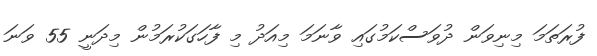
ފުރަތަމަ މިނިވަން ދުވަސްކަމުގައި ވާނަމަ މިއަދު މި ފާހަގަކުރަމުން މިދަނީ 55 ވަނަ